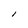
Character: l